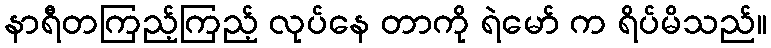
နာရီတကြည့်ကြည့် လုပ်နေ တာကို ရဲမော် က ရိပ်မိသည်။